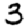
Digit: 3